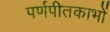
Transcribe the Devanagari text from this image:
पर्णपीतकाभों